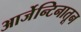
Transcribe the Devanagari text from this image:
आर्जेन्टिनातून